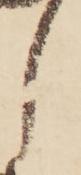
し